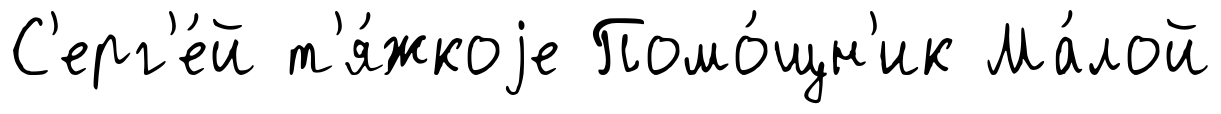
С'ерг'е́й т'я́жкоjе Помо́щн'ик Ма́лой